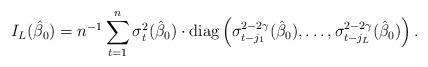
LaTeX: \begin{align*}I_{L}(\hat\beta_0) = n^{-1}\sum_{t=1}^n \sigma_{t}^2(\hat\beta_0)\cdot \textrm{diag}\left( \sigma_{t-j_1}^{2-2\gamma}(\hat\beta_0), \ldots, \sigma_{t-j_L}^{2-2\gamma}(\hat\beta_0) \right).\end{align*}